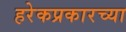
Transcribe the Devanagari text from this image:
हरेकप्रकारच्या